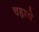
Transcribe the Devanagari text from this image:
चहाये